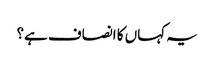
یہ کہاں کا انصاف ہے؟